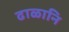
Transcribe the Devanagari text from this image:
ढाळानि